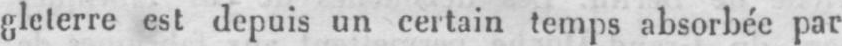
gleterre est depuis un certain temps absorbée par